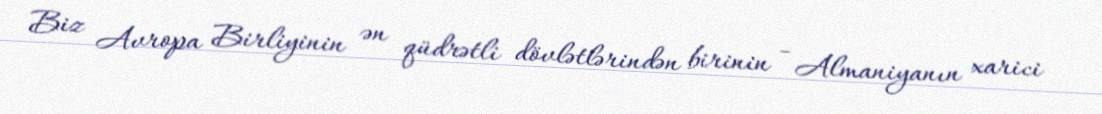
Biz Avropa Birliyinin ən qüdrətli dövlətlərindən birinin - Almaniyanın xarici